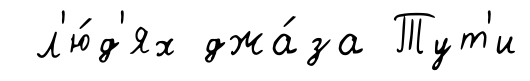
л'ю́д'ях джа́за Тут'и